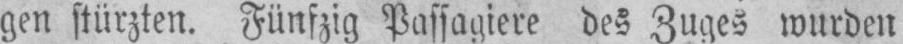
gen stürzten. Fünfzig Passagiere des Zuges wurden